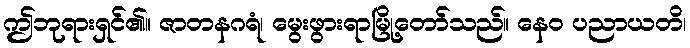
ဤဘုရားရှင်၏။ ဇာတနဂရံ၊ မွေးဖွားရာမြို့တော်သည်။ နေဝ ပညာယတိ၊